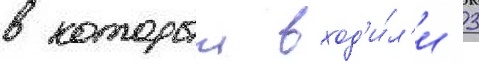
в которыи вход'и́л'и 3